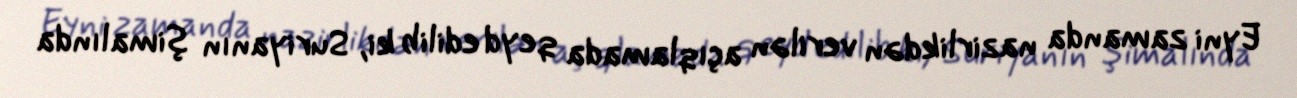
Eyni zamanda nazirlikdən verilən açıqlamada qeyd edilib ki, Suriyanın şimalında